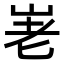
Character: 𡶰